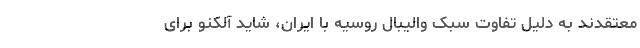
معتقدند به دلیل تفاوت سبک والیبال روسیه با ایران، شاید آلکنو برای